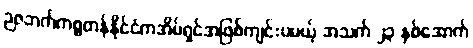
ဉဇဘက်ကစ္စတန်နိုင်ငံကအိမ်ရှင်အဖြစ်ကျင်းပမယ့် အသက် ၂၃ နှစ်အောက်